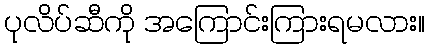
ပုလိပ်ဆီကို အကြောင်းကြားရမလား။